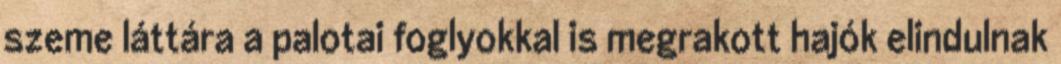
szeme láttára a palotai foglyokkal is megrakott hajók elindulnak